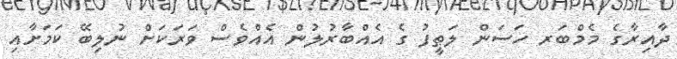
ދާއިރާގެ މެމްބަރ ހަސަން ލަޠީފު ގެ އެއްބާރުލުން އެއްވެސް ވަރަކަށް ނުލިބޭ ކަމަށާއި